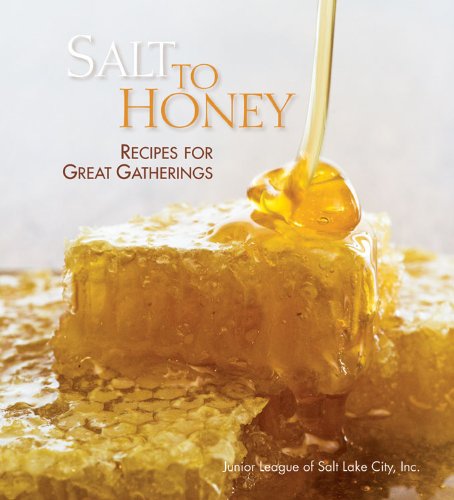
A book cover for Salt to Honey; Junior League of Salt Lake City; Cookbooks, Food & Wine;